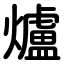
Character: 爐